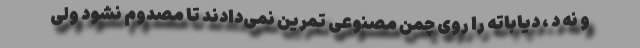
و نه د ، دیاباته را روی چمن مصنوعی تمرین نمی‌دادند تا مصدوم نشود ولی